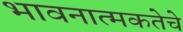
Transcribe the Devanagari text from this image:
भावनात्मकतेचे